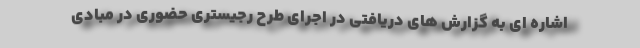
اشاره ای به گزارش های دریافتی در اجرای طرح رجیستری حضوری در مبادی